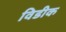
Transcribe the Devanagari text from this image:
विडीक